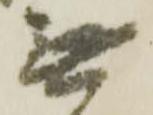
無